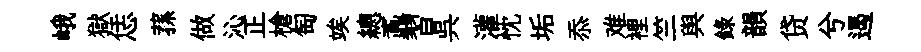
峨獄恁蓀做沁正槍匋竢總鼒習呉灌忱垢忝难裡竺舆録韻贷兮遏